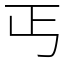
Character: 丐